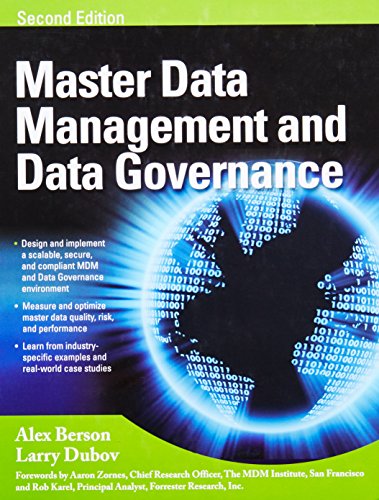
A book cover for MASTER DATA MANAGEMENT AND DATA GOVERNANCE, 2/E; Alex Berson; Computers & Technology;